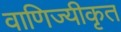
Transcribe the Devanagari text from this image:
वाणिज्यीकृत